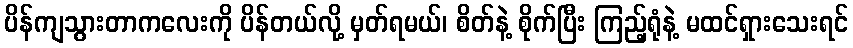
ပိန်ကျသွားတာကလေးကို ပိန်တယ်လို့ မှတ်ရမယ်၊ စိတ်နဲ့ စိုက်ပြီး ကြည့်ရုံနဲ့ မထင်ရှားသေးရင်